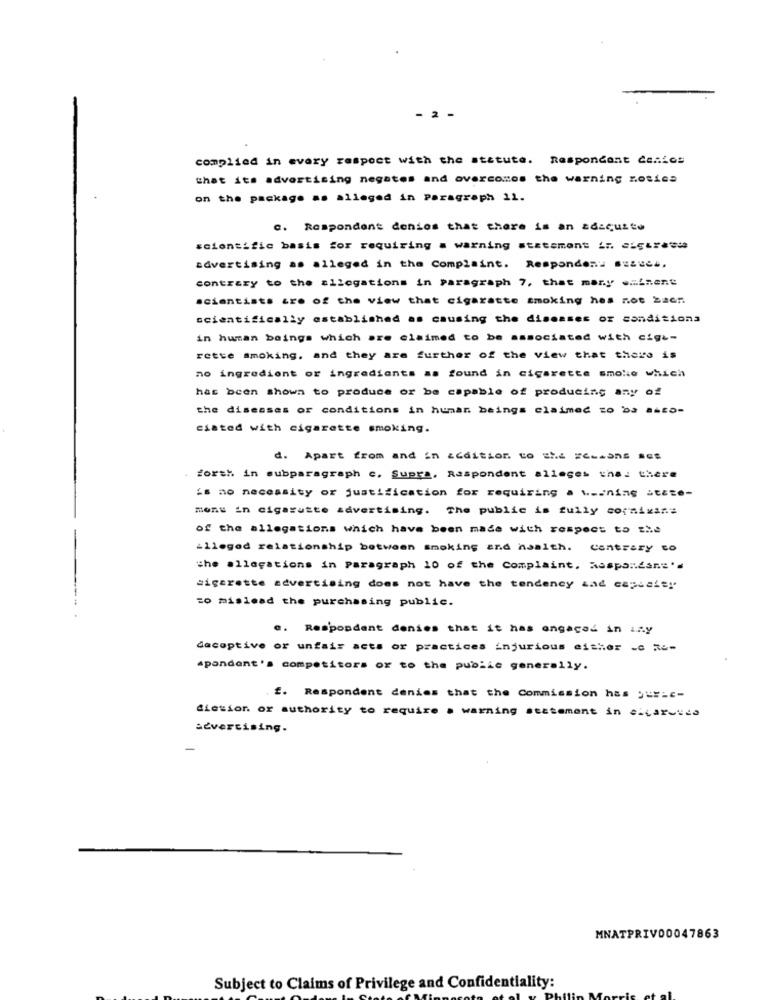
2
complied in every respect with the statute. Respondent Centos
that its advertising negates and overcomes the warning notice
on the package as alleged in Paragraph 11.
c. Respondent denios that there is an adaquite
scientific basis for requiring a warning statement ir. citrate
advertising as alleged in the Complaint. Respondent susue ..
contrary to the allegations in paragraph 7, that many eminent
scientists are of the view that cigarette smoking hes not been
scientifically established as causing the diseases or conditions
in human beings which are claimed to be associated with cigi-
rette smoking, and they are further of the view that there is
no ingredient or ingredients as found in cigarette smoke which
has been shown to produce or be capable of producing any of
the diseases or conditions in human beings claimed zo 'ba aato-
ciated with cigarette smoking.
d. Apart from and in addition to she EC-dans ses
forth in subparagraph c. Supra. Respondent alleges that there
As mo necessity or justification for requiring a wwoning State-
mons in cigarutte advertising. The public is fully corsixans
of the allegations which have been made with respect to the
alleged relationship between smoking and hamith.
contrary to
the allegations in Paragraph 10 of the Complaint, Respondans'
sigarette advertising does not have the tendency zad capialty
to mislead the purchasing public.
.. Respondent denies that it has engaged in iny
deceptive or unfair acts or practices injurious eicher .c Re-
apandant's competitors or to the public generally.
£. Respondent denies that the Commission has put-c-
diesion or authority to require . warning statement in citaruude
advertising.
MNATPRIV00047863
Subject to Claims of Privilege and Confidentiality: